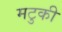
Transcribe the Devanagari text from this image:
मटुकी